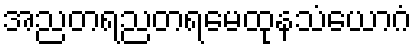
အညတရညတရမေထုနသံယောဂံ